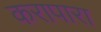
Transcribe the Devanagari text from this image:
करापारा